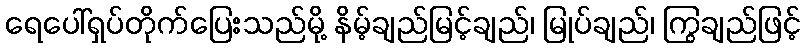
ရေပေါ်ရှပ်တိုက်ပြေးသည်မို့ နိမ့်ချည်မြင့်ချည်၊ မြုပ်ချည်၊ ကြွချည်ဖြင့်